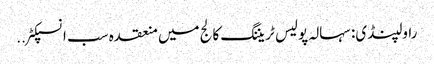
راولپنڈی: سہالہ پولیس ٹریننگ کالج میں منعقدہ سب انسپکٹر ..